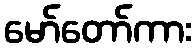
မော်တော်ကား